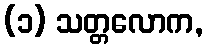
(၁) သတ္တလောက,